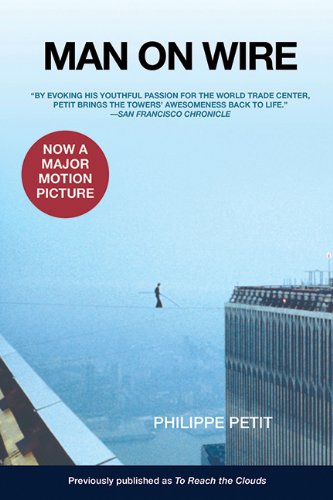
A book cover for Man on Wire; Philippe Petit; Biographies & Memoirs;